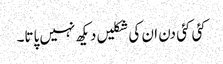
کئی کئی دن ان کی شکلیں دیکھ نہیں پاتا۔